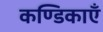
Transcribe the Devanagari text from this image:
कण्डिकाएँ